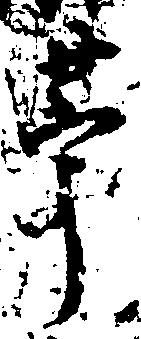
苧